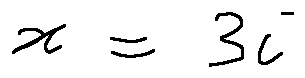
x = 3 i